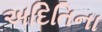
અદિતિના